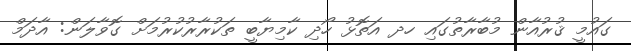
ގައުމީ ޤުރުއާން މުބާރާތުގައި ހދ އަތޮޅު ހޯދި ކާމިޔާބީ ތަކުރާރުކުރުމަށް ގޮވާލަން: އާދަމް